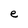
Character: e